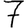
Digit: 7